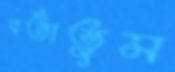
বর্তাতুম